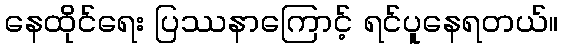
နေထိုင်ရေး ပြဿနာကြောင့် ရင်ပူနေရတယ်။